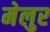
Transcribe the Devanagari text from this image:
मेलुर